Petrogradi_Kontroll-Opteerimise_Komisjon, lk 34
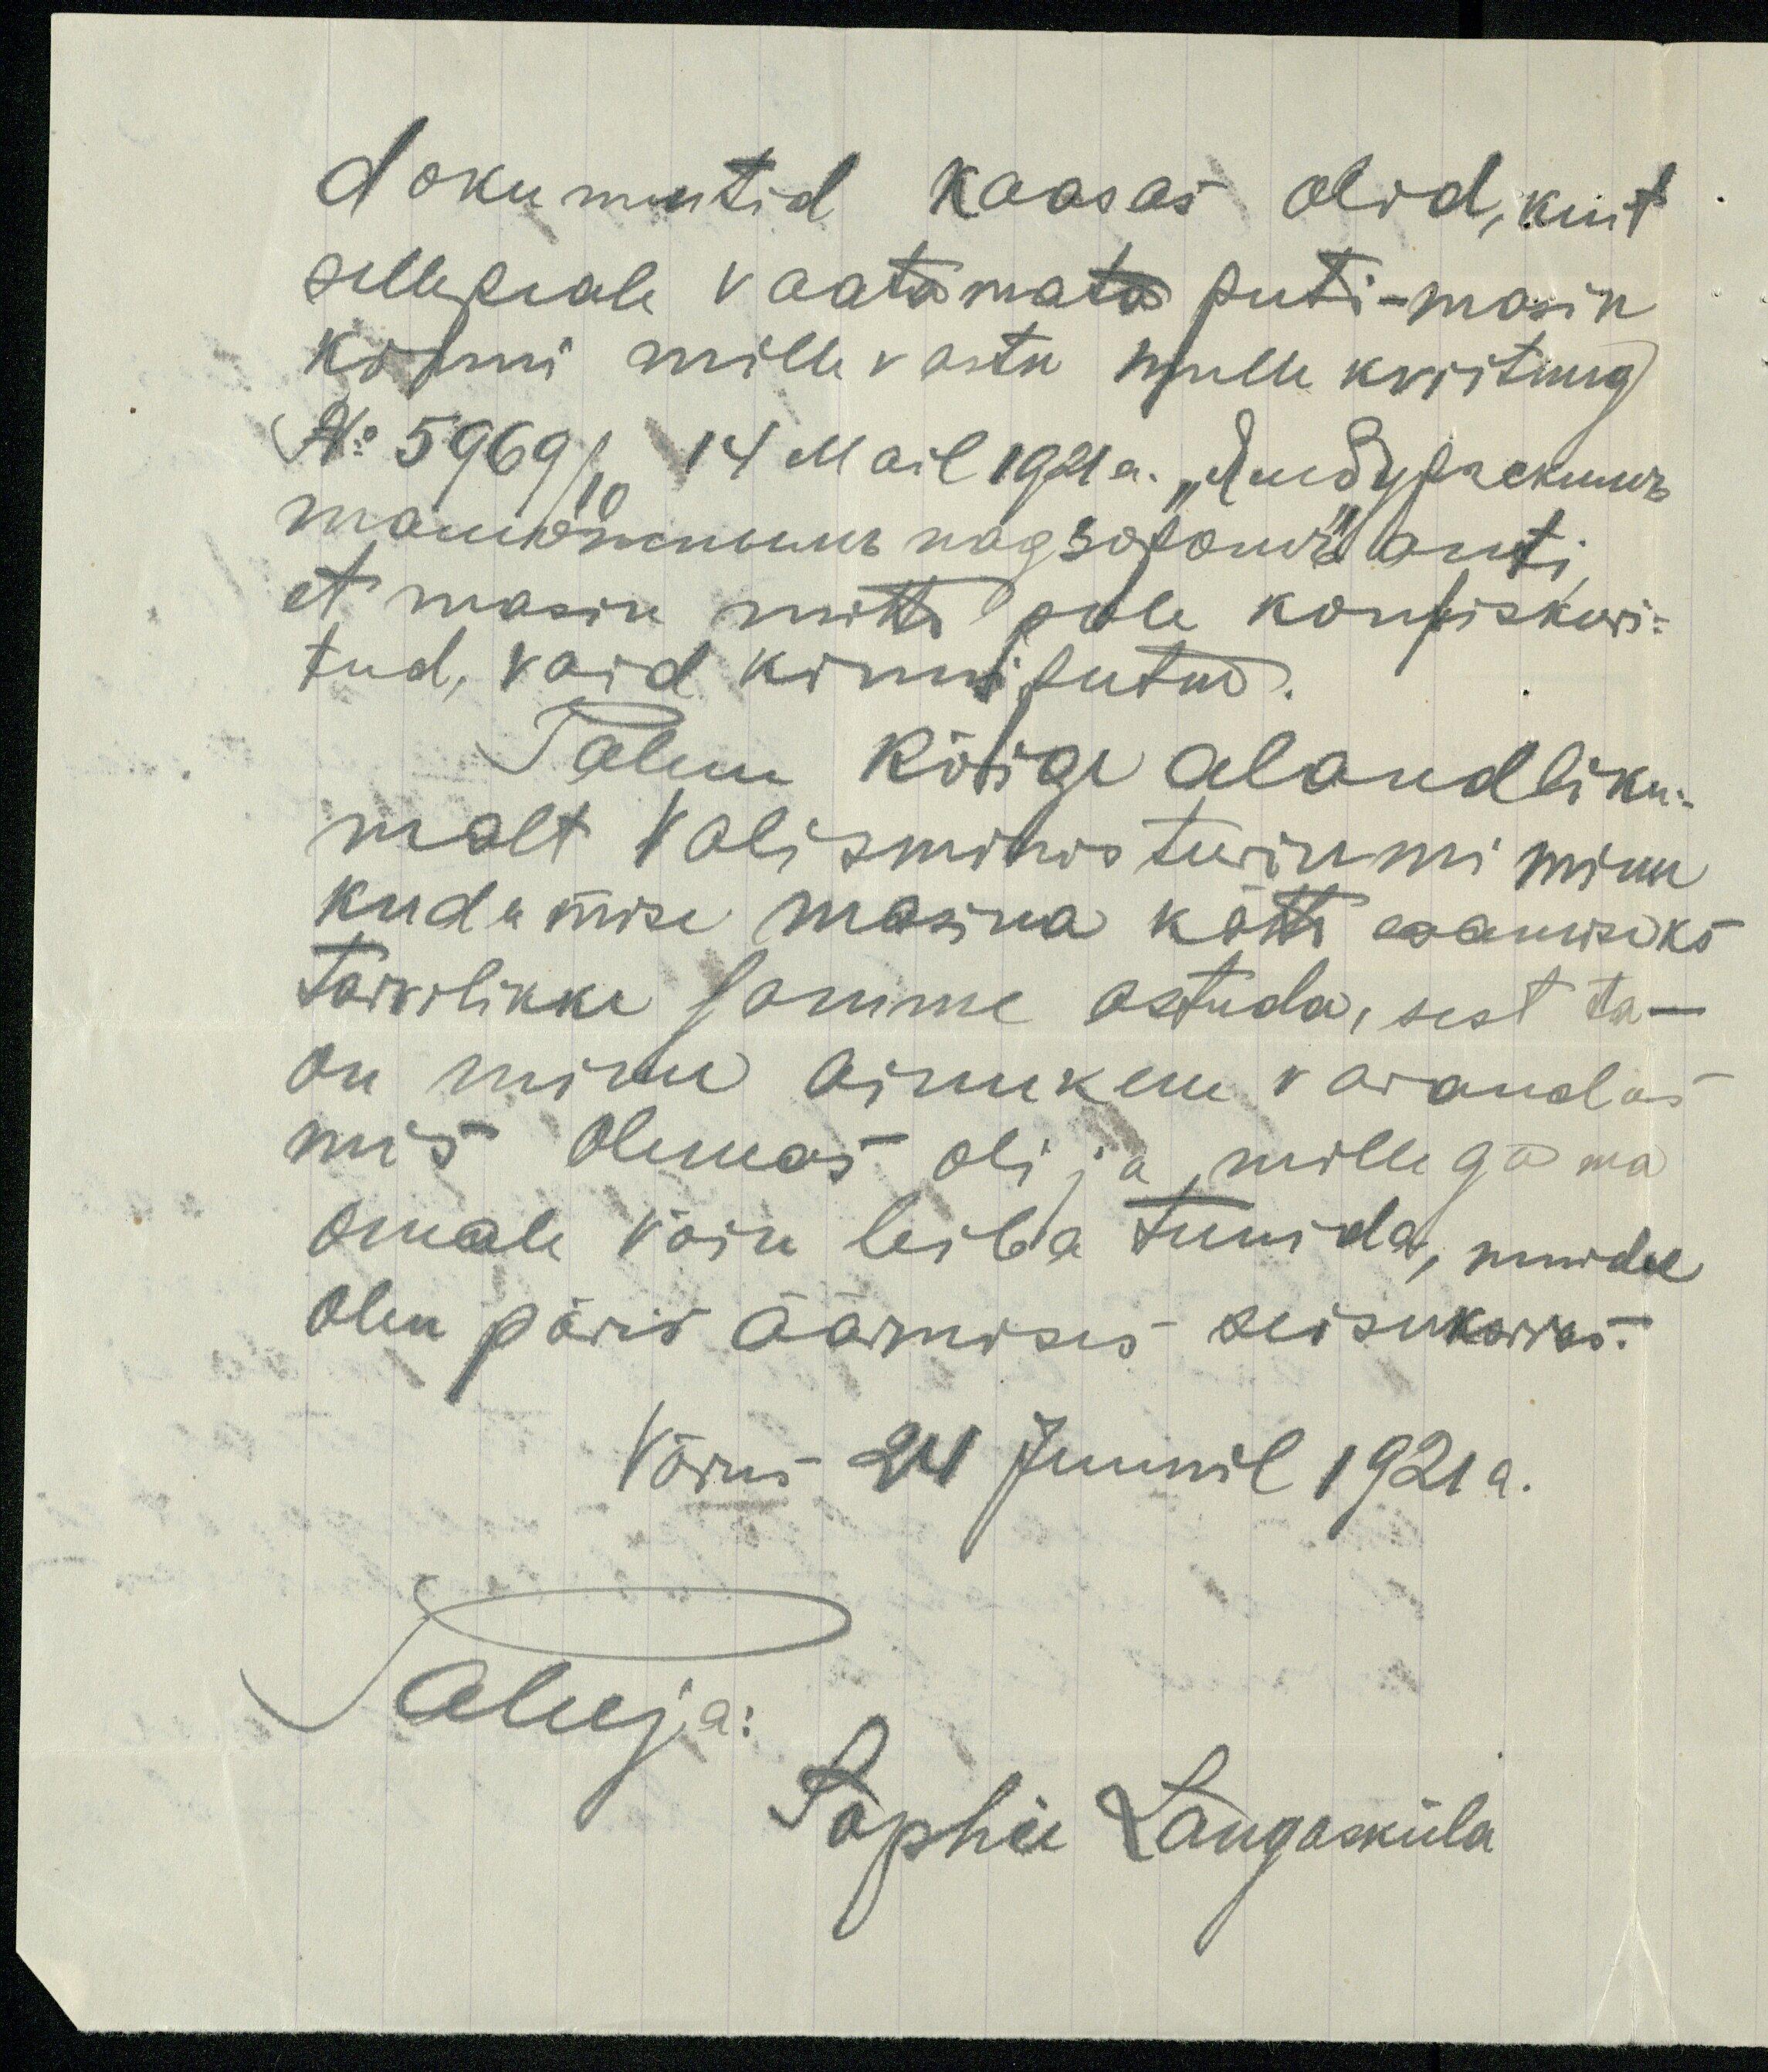
dokumentid kaasas olid, kuit
sellepeale vaatamata peeti - masin
kinni mille vastu mulle kviitung
No 5969/10 14 Mail 1921a. "Ямбургскимъ
таможнымь надзором" anti,
et masin mitte pole konfiskeeri-
tud, vaid kinnipeetud.
Palun kõige alandliku-
malt valisministeeriumi minu
kudumise masina kätte saamiseks
tarvilikke samme astuda, sest ta -
on minu ainukene varandus
mis olemas oli ja millega ma
omale võin leiba teenida, muidu
olen päris äärmises seisukorras.
Võrus 24 Juunil 1921 a.
Paluja:
Sophie Laugasküla